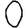
Digit: 0